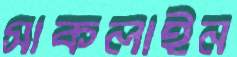
সাকলাইন